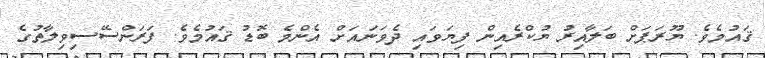
ޤައުމެވެ. ޔޫރަޕަށް ބަލާއިރު ޔުކްރެއިން ފިޔަވައި ދެވަނައަށް އެންމެ ބޮޑު ޤައުމެވެ. ފަރަންސޭސިވިލާތުގެ